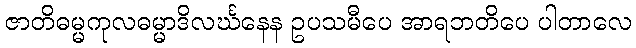
ဇာတိဓမ္မကုလဓမ္မာဒိလင်္ဃနေန ဥပသမီပေ အာရဘတိပေ ပါတာလေ